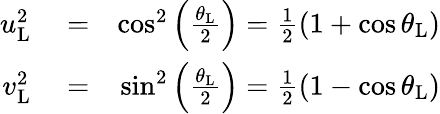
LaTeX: \begin{array}{rlr}{u_{\mathrm{L}}^{2}}&{{}=}&{\cos^{2}\left(\frac{\theta_{\mathrm{L}}}{2}\right)=\frac{1}{2}\left(1+\cos\theta_{\mathrm{L}}\right)}\\ {v_{\mathrm{L}}^{2}}&{{}=}&{\sin^{2}\left(\frac{\theta_{\mathrm{L}}}{2}\right)=\frac{1}{2}\left(1-\cos\theta_{\mathrm{L}}\right)}\end{array}